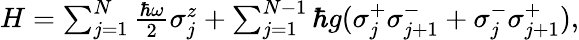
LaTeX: \begin{array}{r}{H=\sum_{j=1}^{N}\frac{\hbar\omega}{2}\sigma_{j}^{z}+\sum_{j=1}^{N-1}\hbar g(\sigma_{j}^{+}\sigma_{j+1}^{-}+\sigma_{j}^{-}\sigma_{j+1}^{+}),}\end{array}